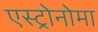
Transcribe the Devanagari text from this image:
एस्ट्रोनोमा